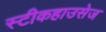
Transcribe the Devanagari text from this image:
स्टीकहाउसेज